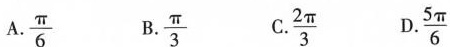
A. $$\frac{\pi}{6}$$B. $$\frac{\pi}{3}$$ C.$$\frac{2 \pi}{3}$$ D. $$\frac{5 \pi}{6}$$